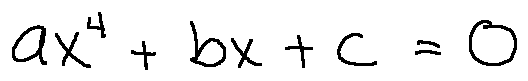
a x ^ { 4 } + b x + c = 0